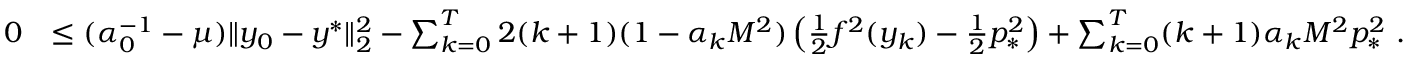
\begin{array} { r l } { 0 } & { \leq ( \alpha _ { 0 } ^ { - 1 } - \mu ) \| y _ { 0 } - y ^ { * } \| _ { 2 } ^ { 2 } - \sum _ { k = 0 } ^ { T } 2 ( k + 1 ) ( 1 - \alpha _ { k } M ^ { 2 } ) \left( \frac { 1 } { 2 } f ^ { 2 } ( y _ { k } ) - \frac { 1 } { 2 } p _ { * } ^ { 2 } \right) + \sum _ { k = 0 } ^ { T } ( k + 1 ) \alpha _ { k } M ^ { 2 } p _ { * } ^ { 2 } \ . } \end{array}